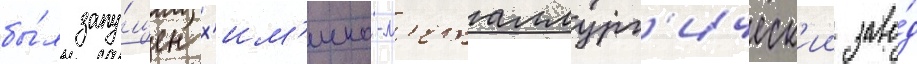
бы́л запу́щен х'им'ико-м'еталлург'ическ'ии заво́д